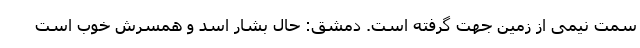
سمت نیمی از زمین جهت گرفته است. دمشق: حال بشار اسد و همسرش خوب است